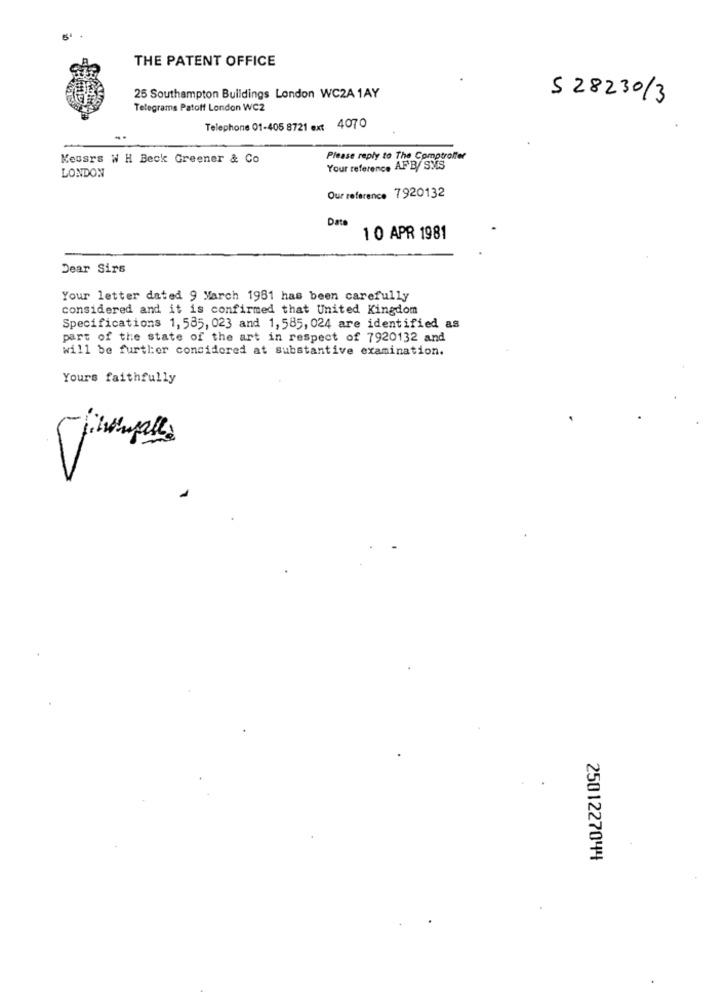
THE PATENT OFFICE
25 Southampton Buildings London WC2A 1AY
5 28230/3
Telegrams Patoff London WC2
Telephone 01-405 8721 ext 4070
Meusrs W H Beck Greener & Co
Please reply to The Comptroller
Your reference AFB/ SMS
LONDON
Our reference 7920132
Data
10 APR 1981
Dear Sirs
Your letter dated 9 March 1981 has been carefully
considered and it is confirmed that United Kingdom
Specifications 1,585, 023 and 1,585, 024 are identified as
part of the state of the art in respect of 7920132 and
will be further considered at substantive examination.
Yours faithfully
2501227044